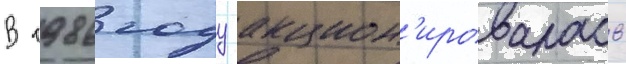
В 1986 году акцион'ировалась